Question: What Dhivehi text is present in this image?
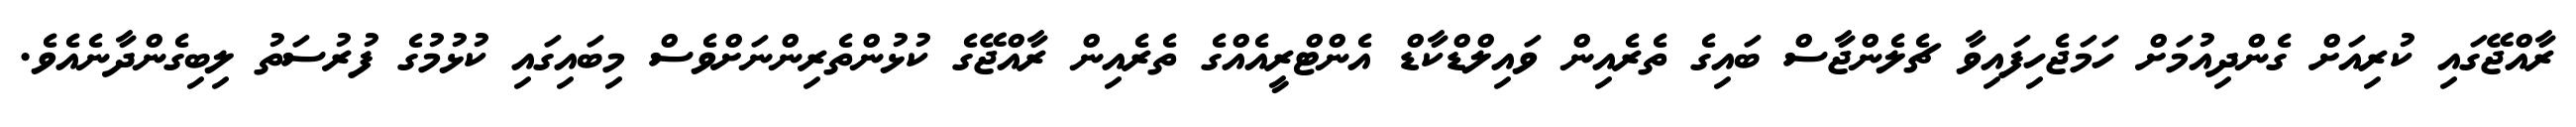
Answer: ރާއްޖޭގައި ކުރިއަށް ގެންދިއުމަށް ހަމަޖެހިފައިވާ ޗެލެންޖާސް ބައިގެ ތެރެއިން ވައިލްޑްކާޑް އެންޓްރީއެއްގެ ތެރެއިން ރާއްޖޭގެ ކުޅުންތެރިންނަށްވެސް މިބައިގައި ކުޅުމުގެ ފުރުސަތު ލިބިގެންދާނެއެވެ.